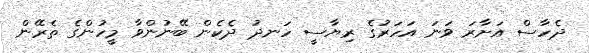
ދެހާސް އަށާރަ ވަނަ އަހަރުގެ ރިޔާސީ ހަނދު ދެކެން ބޭނުންވާ މީހުންގެ ތެރޭން